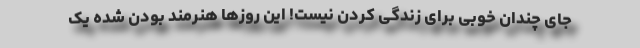
جای چندان خوبی برای زندگی کردن نیست! این روزها هنرمند بودن شده یک